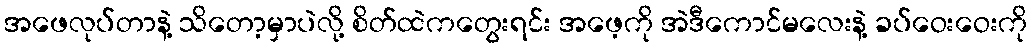
အဖေလုပ်တာနဲ့ သိတော့မှာပဲလို့ စိတ်ထဲကတွေးရင်း အဖေ့ကို အဲဒီကောင်မလေးနဲ့ ခပ်ဝေးဝေးကို